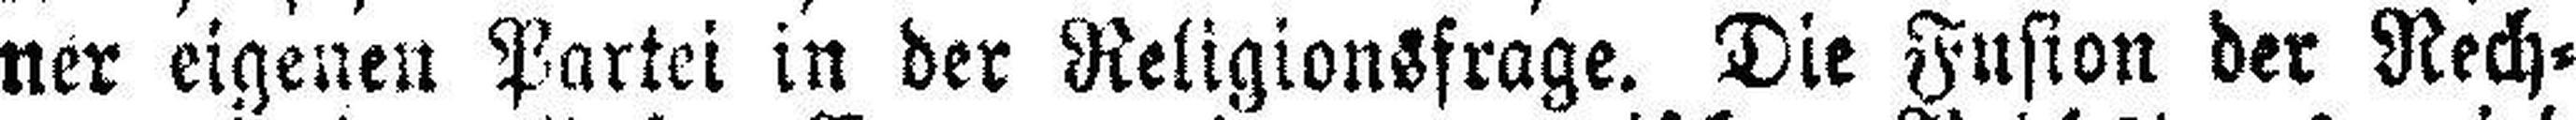
ner eigenen Partei in der Religionsfrage. Die Fusion der Rech¬